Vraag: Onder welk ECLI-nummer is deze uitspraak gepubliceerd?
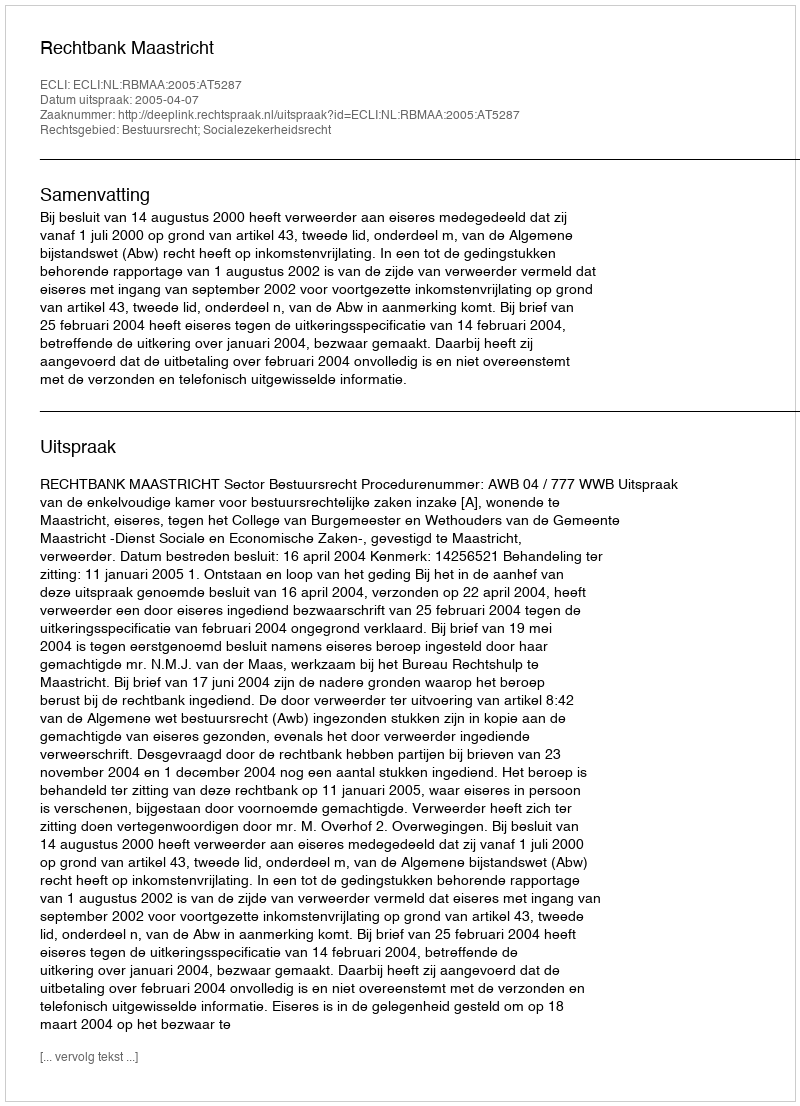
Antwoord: ECLI:NL:RBMAA:2005:AT5287